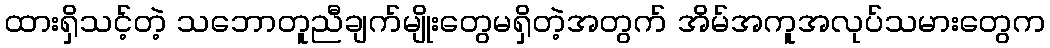
ထားရှိသင့်တဲ့ သဘောတူညီချက်မျိုးတွေမရှိတဲ့အတွက် အိမ်အကူအလုပ်သမားတွေက